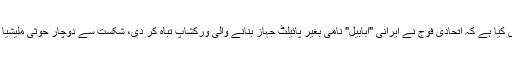
29 مئی2018ء) عرب اتحاد کے ترجمان کرنل ترکی المالکی نے دعوی کیا ہے کہ اتحادی فوج نے ایرانی "ابابیل" نامی بغیر پائیلٹ جہاز بنانے والی ورکشاپ تباہ کر دی، شکست سے دوچار حوثی ملیشیا نے بچوں کے بعد اب خواتین کو بھی جنگ کا ایندھن بنانا شروع کر دیا ۔